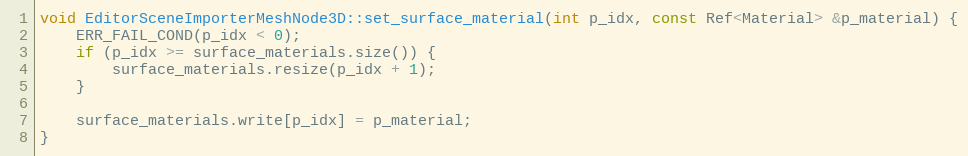
Language: C++
void EditorSceneImporterMeshNode3D::set_surface_material(int p_idx, const Ref<Material> &p_material) {
	ERR_FAIL_COND(p_idx < 0);
	if (p_idx >= surface_materials.size()) {
		surface_materials.resize(p_idx + 1);
	}

	surface_materials.write[p_idx] = p_material;
}